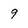
Character: 9